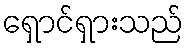
ရှောင်ရှားသည်